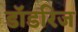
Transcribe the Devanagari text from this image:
डॉडरिज